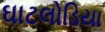
ઘાટલોડિયા